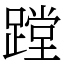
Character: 蹚